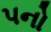
પનો